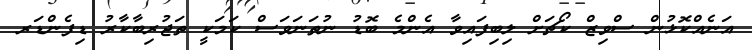
އަނެއްކޮޅުން ސްވިޒް ކޯޗަށް ލިބިފައިވާ އެންމެ ބޮޑު ނުތަނަވަސް ކަމަކީ ތަޖުރިބާކާރު ޑިފެންޑަރ